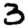
Digit: 3